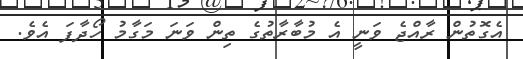
އެގޮތުން ރާއްޖެ ވަނީ އެ މުބާރާތުގެ ތިން ވަނަ މަގާމު ހޯދާފަ އެވެ.